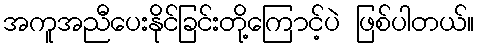
အကူအညီပေးနိုင်ခြင်းတို့ကြောင့်ပဲ ဖြစ်ပါတယ်။